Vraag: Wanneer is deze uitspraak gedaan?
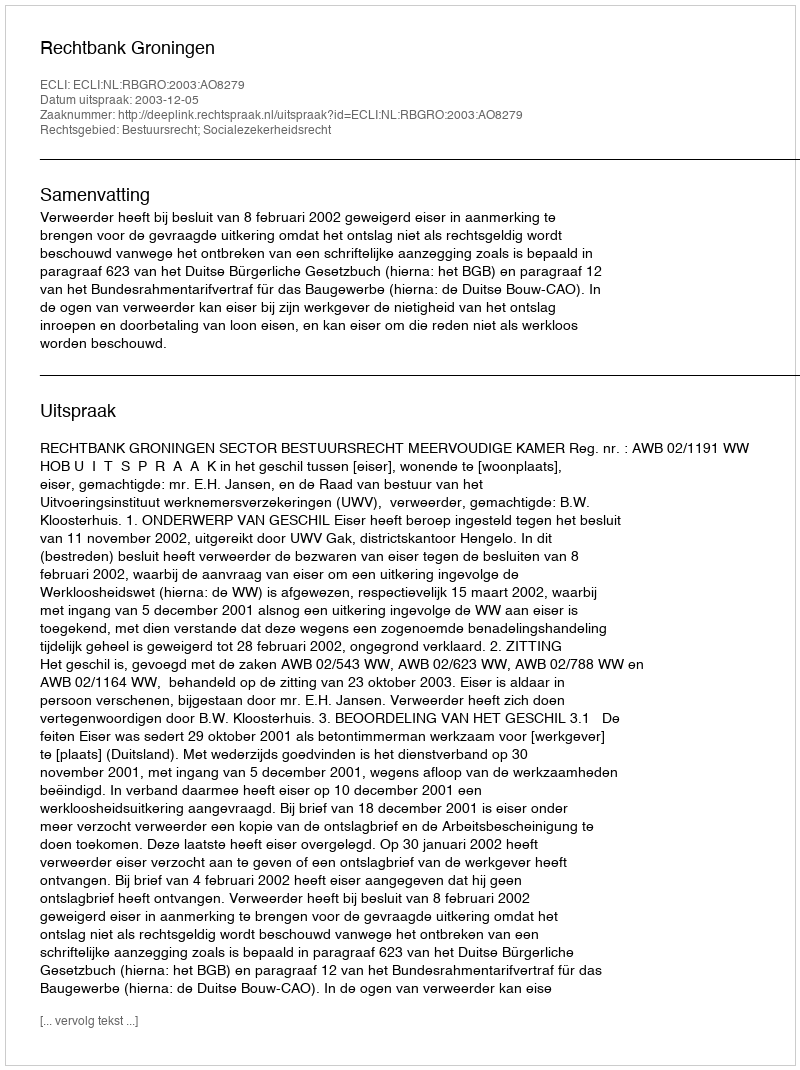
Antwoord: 2003-12-05